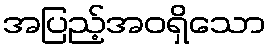
အပြည့်အဝရှိသော